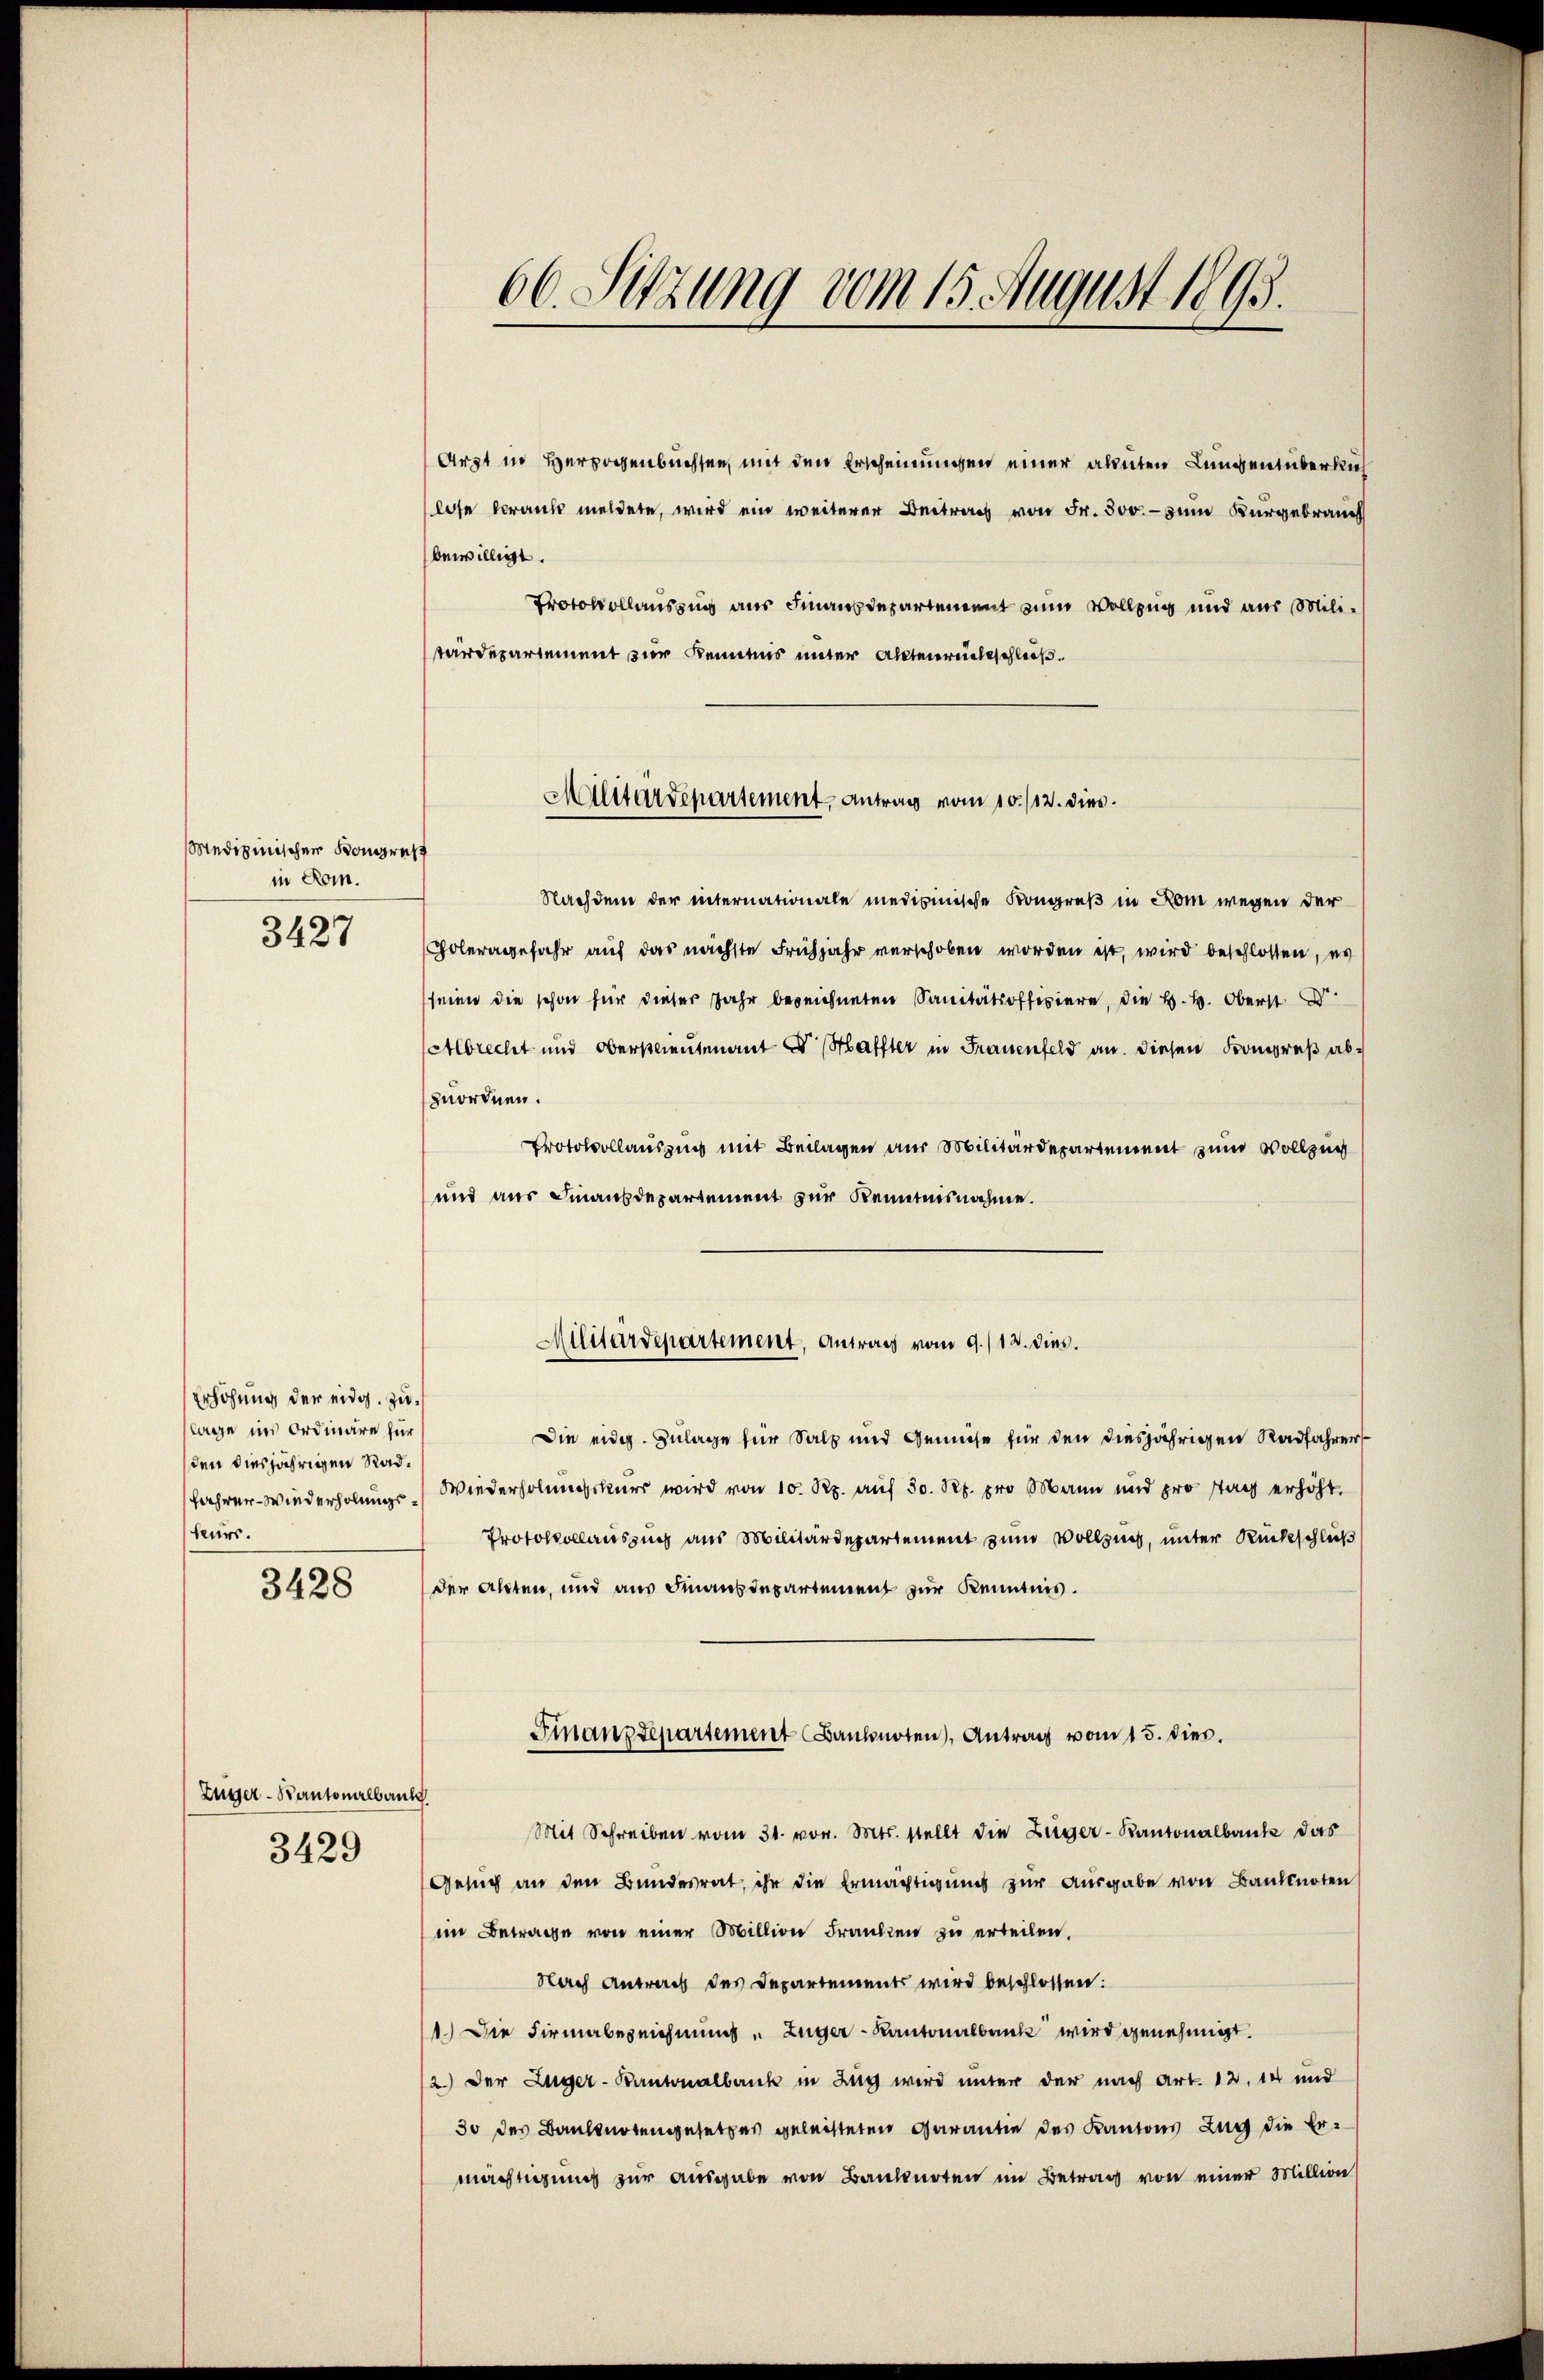
Medizinischen Kongres
in Rom.
3427

Erhöhung der eidg. zulage ins Ordinäre für
den diesjährigen Rad¬
Jahrer-Wiederholungsfeuer.

3428

Züger-Kantonalbaul
3429

66. Sitzung vom 15. August 1895.

Arzt in Herzogenbuchsen, mit den Erscheinungen einer akuten Lungenüberkus
lose Krank meldete, wird ein weiterer Beitrag von Fr. 300. - zum Kurgebrauch
bewilligt.
Protokollaussung aus Finanzdepartement zum Vollzug und aus Militärdepartement zur Kenntnis unter Aktenrückschließ.
Nachdem der internationale medicinische Kongreß in Rom wegen der
Coleragefahr auf das nächste Frühjahr verschoben worden ist, wird beschlossen, es
seien die schon für dieser Jahr bezeichneten Sanitätsoffiziere, die H.H. Oberst
Abrecht und Oberstlieutenant Dr Haffter in Frauenfeld an diesen Frongreß abzuordnen.
Protokollauszug mit Beilagen aus Militärdepartement zum Vollzug
und aus Finanzdepartement zur Kenntnisnahme.
Militärdepartement, Antrag vom 9./12. dies.
Die eidg. Zulage für Salz und Gemüse für den diesjährigen Radfahrer
Wiederholungskurs wird von 10 Rp. auf 50 Rp. pro Mann und pro tag erhöht.
Protokollauszug aus Militärdepartement zum Vollzug, unter Rückschluß
der Akten, und aus Finanzdepartement zur Kenntnis.
Finanzdepartement Banknoten, Antrag vom 15. dies.
Mit Schreiben vom 31. vor. Mts. stellt die Züger-Kantonalbank das
Gesuch an den Bundesrat, ihr die Ermächtigung zur Ausgabe von Banknoten
im Betrage von einer Million Franken zu erteilen.
Nach Antrag des Departements wird beschlossen:
1.) Die Firmabereichnung " Züger-Kantonalbank wird genehmigt.
2.) Der Züger-Kantonalbank in Zug wird unter der nach Art. 12. 14 und
30 des Banknotengesetzes geleisteten Garantie des Kantons Zug die Ermächtigung zur ausgabe von Banknoten im Betrag von einer Million

Mlitärdepartement, Antrag vom 10./12. dies